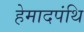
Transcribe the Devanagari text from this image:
हेमादपंथि